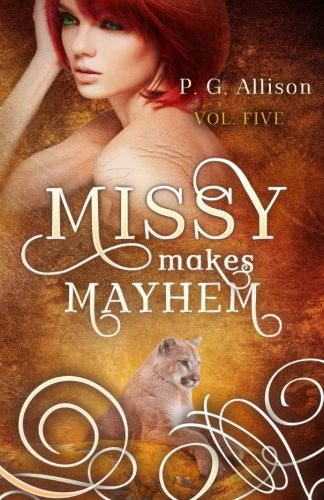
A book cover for Missy Makes Mayhem (Missy the Werecat) (Volume 5); P. G. Allison; Science Fiction & Fantasy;